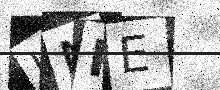
Text: LNPE